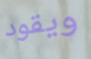
ويقود